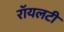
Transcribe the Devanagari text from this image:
रॉयलटी